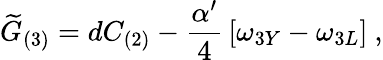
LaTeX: {\widetilde G}_{(3)}=dC_{(2)}-{\frac{\alpha^{\prime}}{4}}\left[\omega_{3Y}-\omega_{3L}\right]\ ,